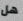
هل